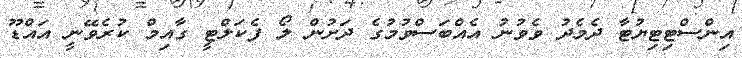
އިންސްޓިޓިޔުޓާ ދެމެދު ވެވުނު އެއްބަސްވުމުގެ ދަށުން ލޯ ފެކަލްޓީ ގާއިމް ކުރެވޭނީ އައްޑޫ